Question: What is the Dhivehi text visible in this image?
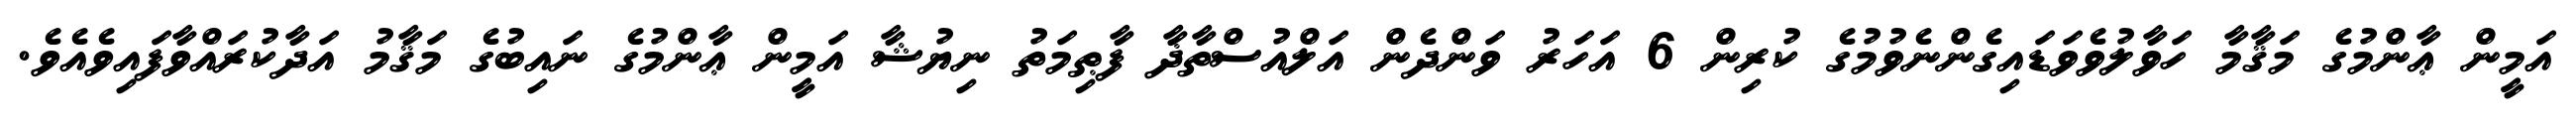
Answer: އަމީން ޢާންމުގެ މަޤާމާ ހަވާލުވެވަޑައިގެންނެވުމުގެ ކުރިން 6 އަހަރު ވަންދެން އަލްއުސްތާޛާ ފާޠިމަތު ނިޔުޝާ އަމީން ޢާންމުގެ ނައިބުގެ މަޤާމު އަދާކުރައްވާފައިވެއެވެ.